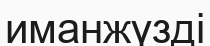
иманжүзді